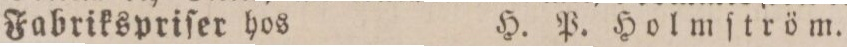
Fabrikspriſer hos    H. P. Holmſtröm.